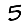
Digit: 5